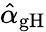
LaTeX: \hat{\alpha}_{\mathrm{gH}}